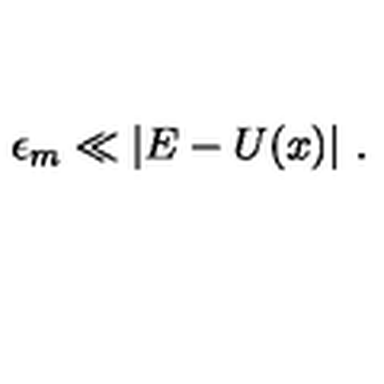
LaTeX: \epsilon _ { m } \ll \vert E - U ( x ) \vert \ .